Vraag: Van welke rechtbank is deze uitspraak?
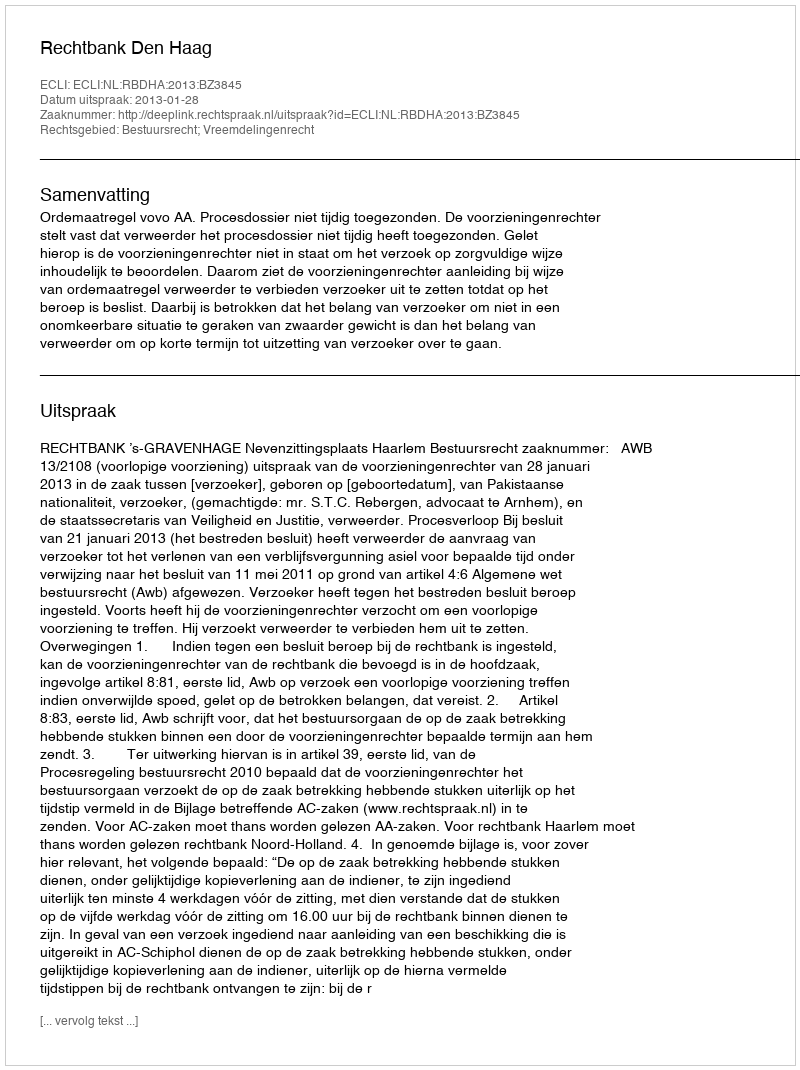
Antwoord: Rechtbank Den Haag